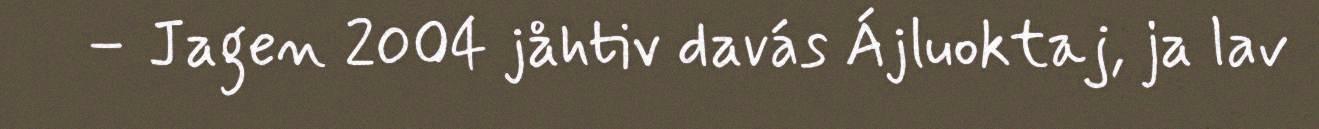
– Jagen 2004 jåhtiv davás Ájluoktaj, ja lav